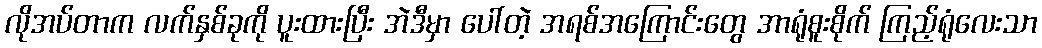
လိုအပ်တာက လက်နှစ်ခုကို ပူးထားပြီး အဲဒီမှာ ပေါ်တဲ့ အရစ်အကြောင်းတွေ အာရုံစူးစိုက် ကြည့်ရုံလေးသာ